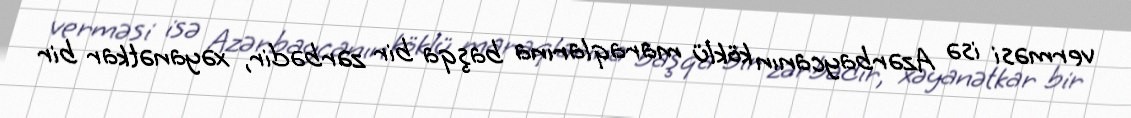
verməsi isə Azərbaycanın köklü maraqlarına başqa bir zərbədir, xəyanətkar bir